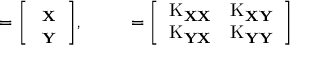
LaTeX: \mathbf { \mu } = { \left[ \begin{array} { l } { \mathbf { \mu _ { X } } } \\ { \mathbf { \mu _ { Y } } } \end{array} \right] } , \qquad \mathbf { \Sigma } = { \left[ \begin{array} { l l } { \operatorname { K } _ { \mathbf { X X } } } & { \operatorname { K } _ { \mathbf { X Y } } } \\ { \operatorname { K } _ { \mathbf { Y X } } } & { \operatorname { K } _ { \mathbf { Y Y } } } \end{array} \right] }